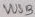
Text: VUSB